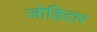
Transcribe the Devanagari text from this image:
जोड़िदार